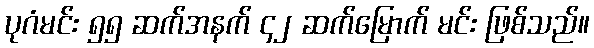
ပုဂံမင်း ၅၅ ဆက်အနက် ၄၂ ဆက်မြောက် မင်း ဖြစ်သည်။